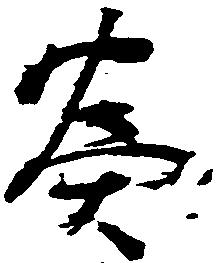
為